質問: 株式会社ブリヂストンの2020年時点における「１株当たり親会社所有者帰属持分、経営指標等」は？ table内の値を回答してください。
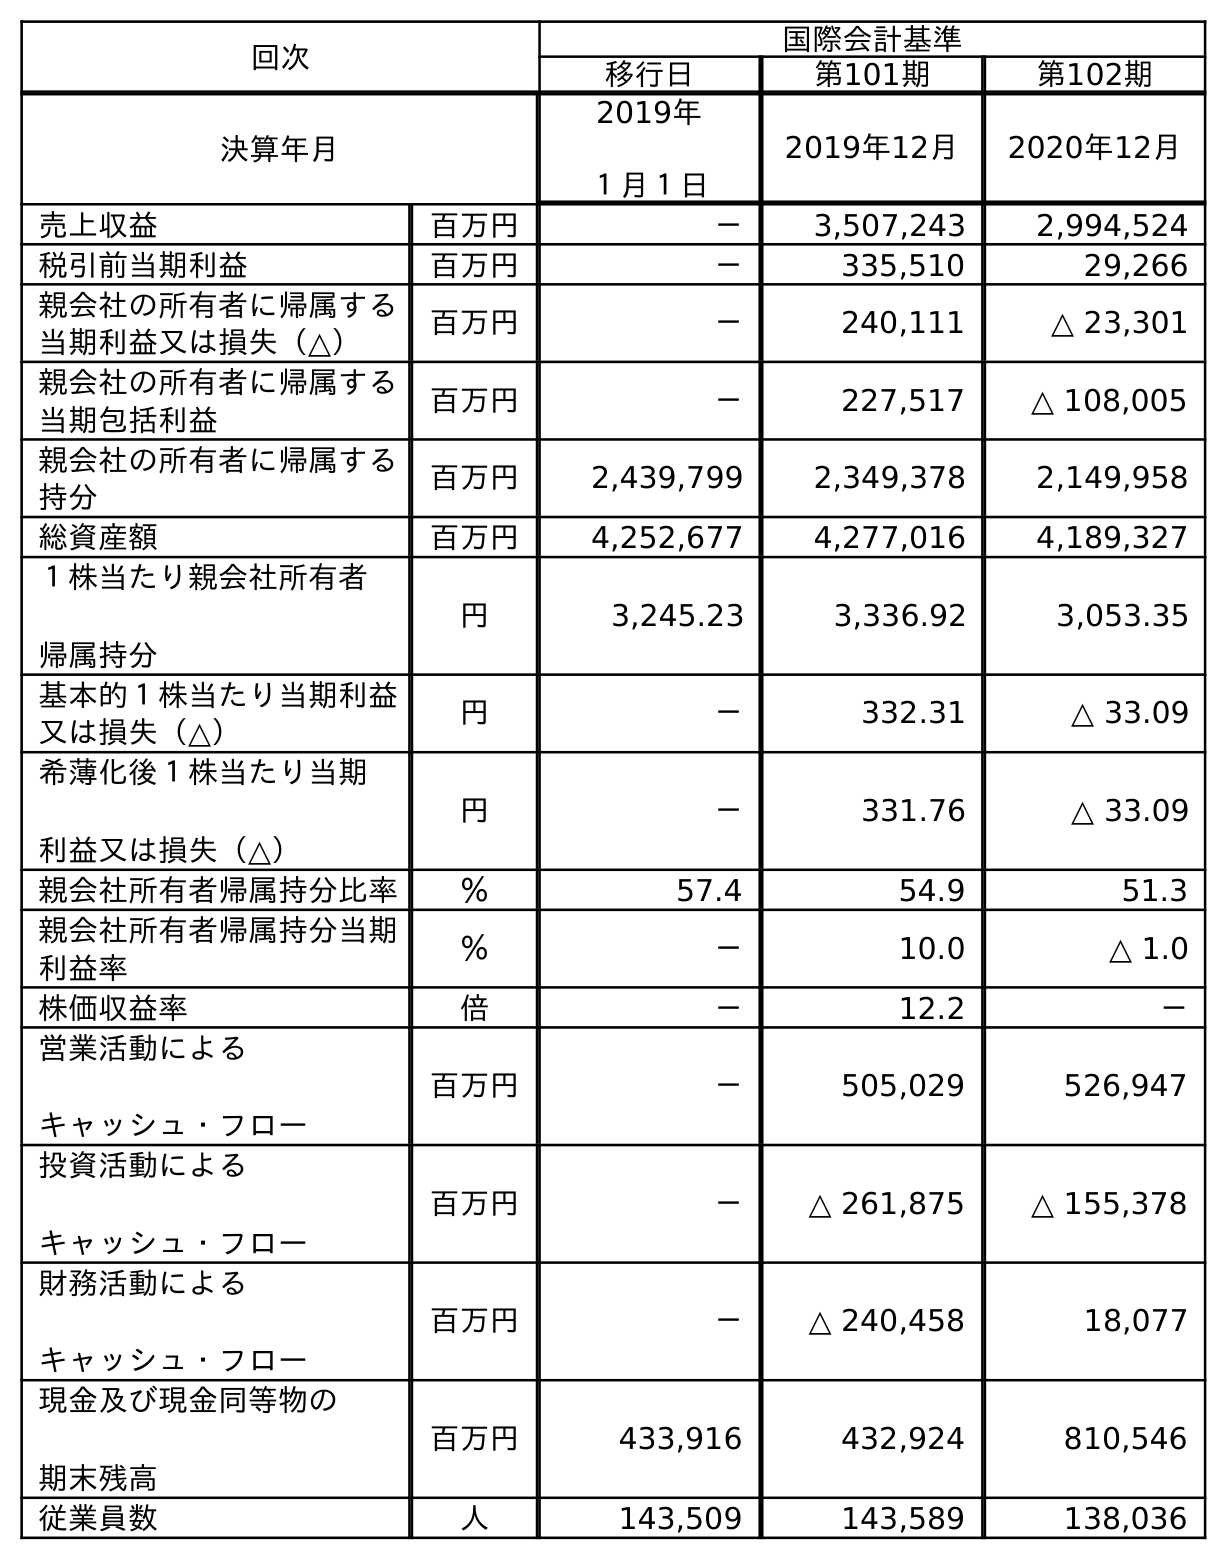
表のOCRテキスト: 回次 国際会計基準 移行日 第101期 第102期 決算年月 2019年 １月１日 2019年12月 2020年12月 売上収益 百万円 － 3,507,243 2,994,524 税引前当期利益 百万円 － 335,510 29,266 親会社の所有者に帰属する 当期利益又は損失（△） 百万円 － 240,111 △ 23,301 親会社の所有者に帰属する 当期包括利益 百万円 － 227,517 △ 108,005 親会社の所有者に帰属する 持分 百万円 2,439,799 2,349,378 2,149,958 総資産額 百万円 4,252,677 4,277,016 4,189,327 １株当たり親会社所有者 帰属持分 円 3,245.23 3,336.92 3,053.35 基本的１株当たり当期利益 又は損失（△） 円 － 332.31 △ 33.09 希薄化後１株当たり当期 利益又は損失（△） 円 － 331.76 △ 33.09 親会社所有者帰属持分比率 ％ 57.4 54.9 51.3 親会社所有者帰属持分当期 利益率 ％ － 10.0 △ 1.0 株価収益率 倍 － 12.2 － 営業活動による キャッシュ・フロー 百万円 － 505,029 526,947 投資活動による キャッシュ・フロー 百万円 － △ 261,875 △ 155,378 財務活動による キャッシュ・フロー 百万円 － △ 240,458 18,077 現金及び現金同等物の 期末残高 百万円 433,916 432,924 810,546 従業員数 人 143,509 143,589 138,036
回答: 3,053.35